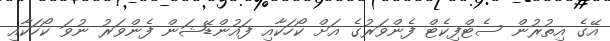
އޭގެ އިތުރުން ސެޓްފިކެޓް ފެންވަރުގެ އަށް ކޯހަކާއި ފައުންޑޭޝަން ފެންވަރު ނުވަ ކޯހަކާއި